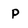
Character: P